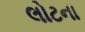
લોટના